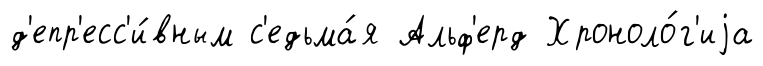
д'епр'есс'и́вным с'едьма́я Альф'ерд Хроноло́г'иjа